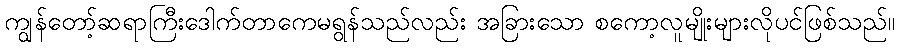
ကျွန်တော့်ဆရာကြီးဒေါက်တာကေမရွန်သည်လည်း အခြားသော စကော့လူမျိုးများလိုပင်ဖြစ်သည်။